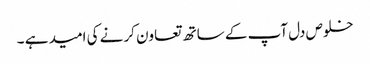
خلوص دل آپ کے ساتھ تعاون کرنے کی امید ہے ۔